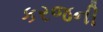
કરજની